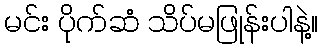
မင်း ပိုက်ဆံ သိပ်မဖြုန်းပါနဲ့။